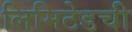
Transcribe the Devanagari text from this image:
लिमिटेडची